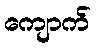
ကျောက်